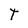
Character: t